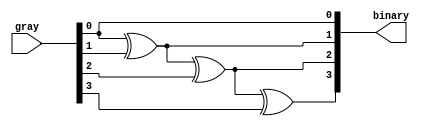
module gray_to_binary (input [3:0] gray, output [3:0] binary);
   assign binary[0] = gray[0];
   assign binary[1] = gray[0] ^ gray[1];
   assign binary[2] = gray[0] ^ gray[1] ^ gray[2];
   assign binary[3] = gray[0] ^ gray[1] ^ gray[2] ^ gray[3];
endmodule